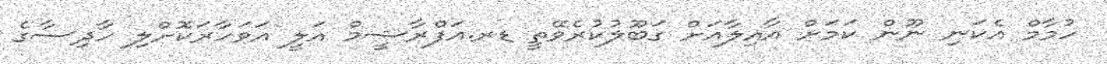
ހުމާމް އެކަނި ނޫން ކަމަށް އާއިލާއަށް ގަބޫލުކުރެވޭތީ ޑރ.އަފްރާޝީމް އަލީ އަވަހާރަކޮށްލި ހާދިސާގެ